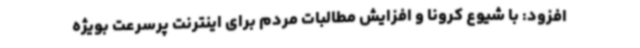
افزود: با شیوع کرونا و افزایش مطالبات مردم برای اینترنت پرسرعت بویژه